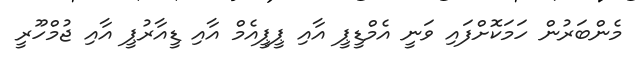
މެންބަރުން ހަމަކޮށްފައި ވަނީ އެމްޑީޕީ އާއި ޕީޕީއެމް އާއި ޑީއާރުޕީ އާއި ޖުމްހޫރީ